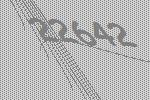
22642